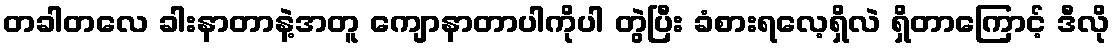
တခါတလေ ခါးနာတာနဲ့အတူ ကျောနာတာပါကိုပါ တွဲပြီး ခံစားရလေ့ရှိလဲ ရှိတာကြောင့် ဒီလို